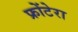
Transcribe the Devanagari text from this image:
फ्रोंटेरा